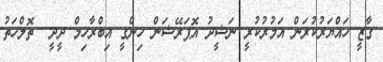
ގާޒީ ހައްޔަރުކުރަން އަމުރުކުރީ ނަޝީދު އޮޕަރޭޝަން ހިންގީ އިބްރާހިމް ދީދީ  ތޮލްހަތު